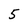
Character: 5